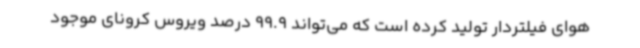
هوای فیلتردار تولید کرده است که می‌تواند 99.9 درصد ویروس کرونای موجود